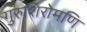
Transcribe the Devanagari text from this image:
गुरुशिरोमणि